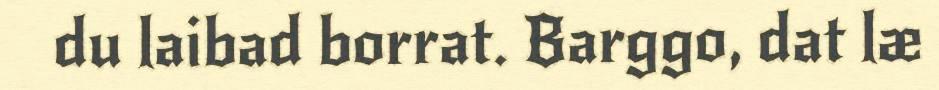
du laibad borrat. Barggo, dat læ